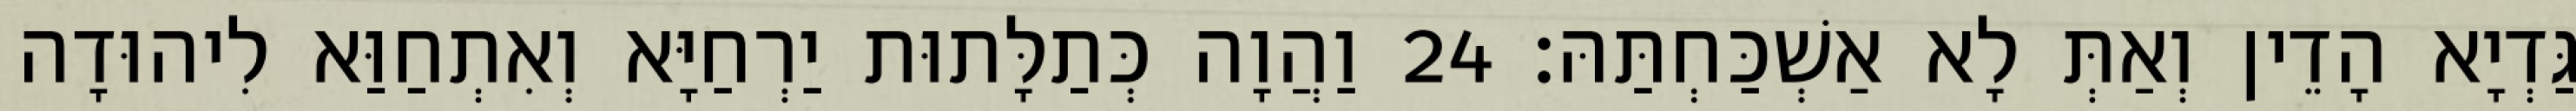
גַּדְיָא הָדֵין וְאַתְּ לָא אַשְׁכַּחְתַּהּ׃ 24 וַהֲוָה כְּתַלָּתוּת יַרְחַיָּא וְאִתְחַוַּא לִיהוּדָה